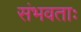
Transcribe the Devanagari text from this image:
संभवताः